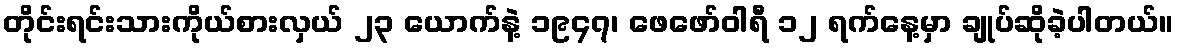
တိုင်းရင်းသားကိုယ်စားလှယ် ၂၃ ယောက်နဲ့ ၁၉၄၇၊ ဖေဖော်ဝါရီ ၁၂ ရက်နေ့မှာ ချုပ်ဆိုခဲ့ပါတယ်။